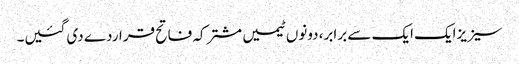
سیزیزایک ایک سے برابر، دونوں ٹیمیں مشترکہ فاتح قراردے دی گئیں۔